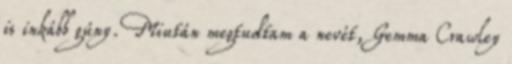
is inkább gúny. Miután megtudtam a nevét, Gemma Crawley